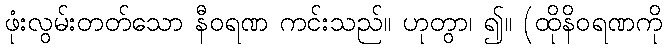
ဖုံးလွမ်းတတ်သော နီဝရဏ ကင်းသည်။ ဟုတွာ၊ ၍။ (ထိုနိဝရဏကို